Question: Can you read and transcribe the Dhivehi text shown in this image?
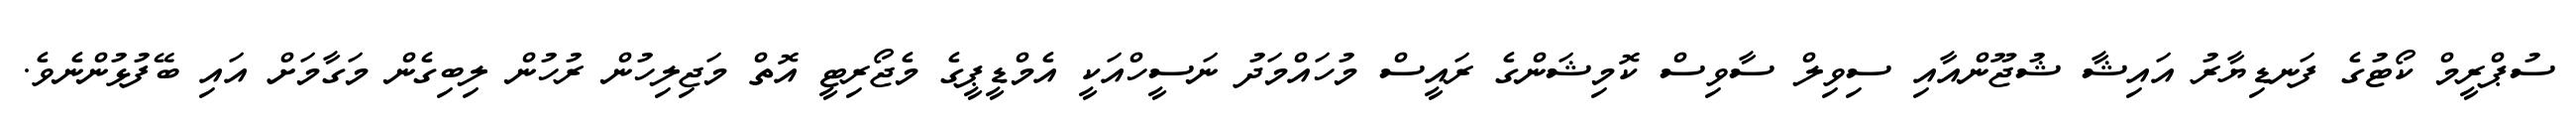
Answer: ސުޕްރީމް ކޯޓުގެ ފަނޑިޔާރު އައިޝާ ޝުޖޫންއާއި ސިވިލް ސާވިސް ކޮމިޝަންގެ ރައީސް މުހައްމަދު ނަސީހްއަކީ އެމްޑީޕީގެ މެޖޯރިޓީ އޮތް މަޖިލިހުން ރުހުން ލިބިގެން މަގާމަށް އައި ބޭފުޅުންނެވެ.